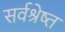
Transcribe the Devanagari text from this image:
सर्वश्रेष्त